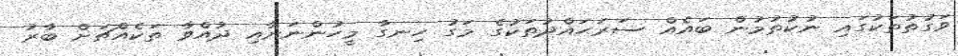
ވަގުތުތަކުގައި ނުކުތުމުން ބައެއް ސަރަޙައްދުތަކުގެ މަގު ހިނގާ މީހުންނަށާއި ދުއްވާ ތަކެއްޗަށް ބާރު